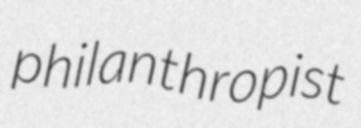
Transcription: philanthropist